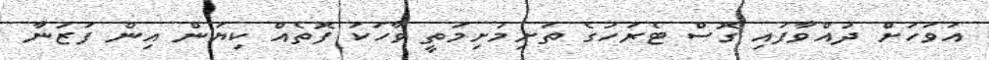
އަވަހަށް ދުއްވާފައި ގޮސް ޓެރަހުގެ ތަށިމުށިމަތީ ވާހަކަ ފޮތެއް ކިޔަން އިން ފަޒުނާ